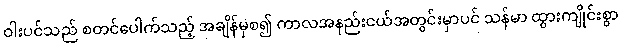
ဝါးပင်သည် စတင်ပေါက်သည့် အချိန်မှစ၍ ကာလအနည်းငယ်အတွင်းမှာပင် သန်မာ ထွားကျိုင်းစွာ